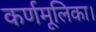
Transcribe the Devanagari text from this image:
कर्णमूलिका।